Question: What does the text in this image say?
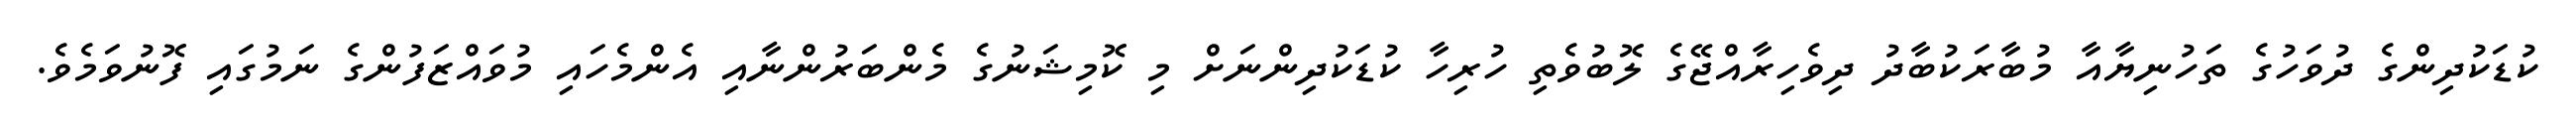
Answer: ކުޑަކުދިންގެ ދުވަހުގެ ތަހުނިޔާއާ މުބާރަކުބާދު ދިވެހިރާއްޖޭގެ ލޮބުވެތި ހުރިހާ ކުޑަކުދިންނަށް މި ކޮމިޝަނުގެ މެންބަރުންނާއި އެންމެހައި މުވައްޒަފުންގެ ނަމުގައި ފޮނުވަމެވެ.